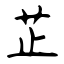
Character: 芷